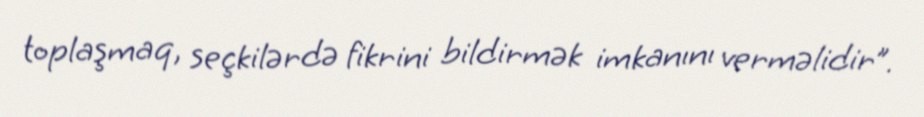
toplaşmaq, seçkilərdə fikrini bildirmək imkanını verməlidir”.